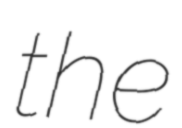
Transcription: the